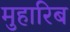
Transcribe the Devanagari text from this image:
मुहारिब